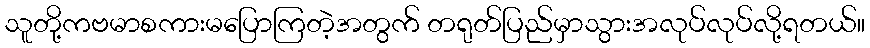
သူတို့ကဗမာစကားမပြောကြတဲ့အတွက် တရုတ်ပြည်မှာသွားအလုပ်လုပ်လို့ရတယ်။